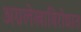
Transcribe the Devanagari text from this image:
अग्रलेखाविरोधात